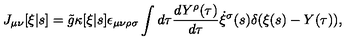
J _ { \mu \nu } [ \xi | s ] = \tilde { g } \kappa [ \xi | s ] \epsilon _ { \mu \nu \rho \sigma } \int d \tau \frac { d Y ^ { \rho } ( \tau ) } { d \tau } \dot { \xi } ^ { \sigma } ( s ) \delta ( \xi ( s ) - Y ( \tau ) ) ,